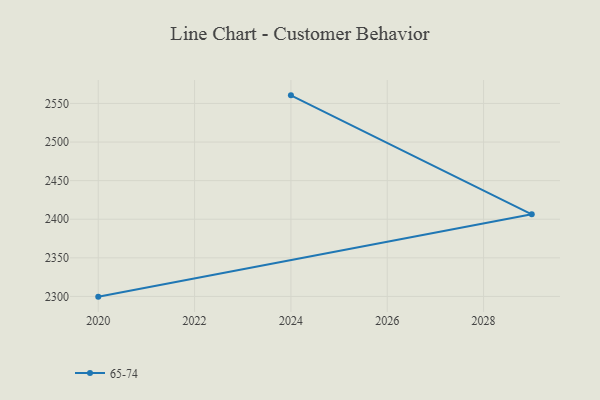
{"axis": {"x": "Year", "y": "Backlog"}, "legend": ["65-74"], "data": [{"x": "2020", "y": 2299.7, "type": "65-74"}, {"x": "2029", "y": 2406.4, "type": "65-74"}, {"x": "2024", "y": 2560.5, "type": "65-74"}]}